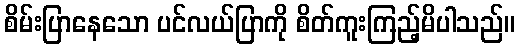
စိမ်းပြာနေသော ပင်လယ်ပြာကို စိတ်ကူးကြည့်မိပါသည်။